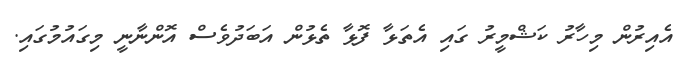
އެއިރުން މިހާރު ކަޝްމީރު ގައި އެތަޅާ ފޮޅާ ތެޅުން އަބަދުވެސް އޮންނާނީ މިގައުމުގައި.